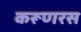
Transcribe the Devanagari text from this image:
करूणरस